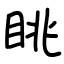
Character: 眺